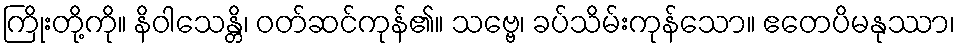
ကြိုးတို့ကို။ နိဝါသေန္တိ၊ ဝတ်ဆင်ကုန်၏။ သဗ္ဗေ၊ ခပ်သိမ်းကုန်သော။ ဧတေပိမနုဿာ၊